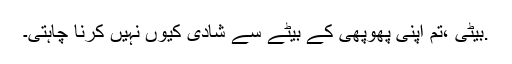
.بیٹی ،تم اپنی پھوپھی کے بیٹے سے شادی کیوں نہیں کرنا چاہتی۔